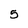
Character: 5